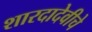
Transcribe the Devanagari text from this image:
शारदादेवीचे